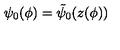
\psi _ { 0 } ( \phi ) = \tilde { \psi } _ { 0 } ( z ( \phi ) )